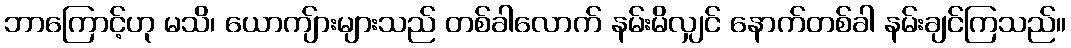
ဘာကြောင့်ဟု မသိ၊ ယောကျ်ားများသည် တစ်ခါလောက် နမ်းမိလျှင် နောက်တစ်ခါ နမ်းချင်ကြသည်။